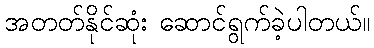
အတတ်နိုင်ဆုံး ဆောင်ရွက်ခဲ့ပါတယ်။